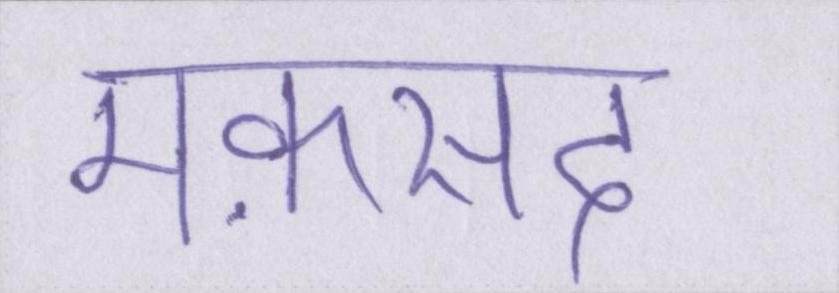
मक़सद